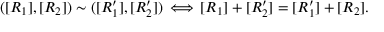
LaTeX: ( [ R _ { 1 } ] , [ R _ { 2 } ] ) \sim ( [ R _ { 1 } ^ { \prime } ] , [ R _ { 2 } ^ { \prime } ] ) \, \Longleftrightarrow \, [ R _ { 1 } ] + [ R _ { 2 } ^ { \prime } ] = [ R _ { 1 } ^ { \prime } ] + [ R _ { 2 } ] .